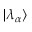
| \lambda _ { \alpha } \rangle